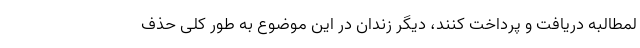
لمطالبه دریافت و پرداخت کنند، دیگر زندان در این موضوع به طور کلی حذف